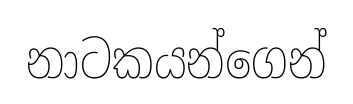
නාටකයන්ගෙන්